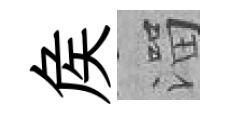
矦溜